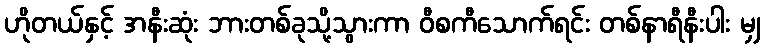
ဟိုတယ်နှင့် အနီးဆုံး ဘားတစ်ခုသို့သွားကာ ဝီစကီသောက်ရင်း တစ်နာရီနီးပါး မျှ